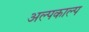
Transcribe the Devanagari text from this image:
अल्पकाल्प